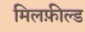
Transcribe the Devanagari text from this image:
मिलफ़ील्ड